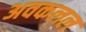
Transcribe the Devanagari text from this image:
अवकलल